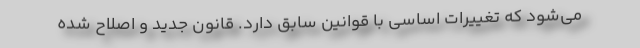
می‌شود که تغییرات اساسی با قوانین سابق دارد. قانون جدید و اصلاح شده